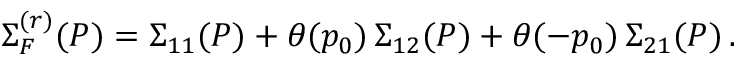
\Sigma _ { F } ^ { ( r ) } ( P ) = \Sigma _ { 1 1 } ( P ) + \theta ( p _ { 0 } ) \, \Sigma _ { 1 2 } ( P ) + \theta ( - p _ { 0 } ) \, \Sigma _ { 2 1 } ( P ) \, .